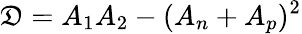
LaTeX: \mathfrak{D}=A_{1}A_{2}-(A_{n}+A_{p})^{2}